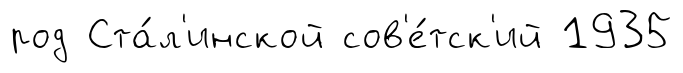
род Ста́л'инской сов'е́тск'ий 1935